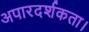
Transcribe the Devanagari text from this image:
अपारदर्शकता।